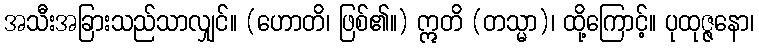
အသီးအခြားသည်သာလျှင်။ (ဟောတိ၊ ဖြစ်၏။) ဣတိ (တသ္မာ)၊ ထို့ကြောင့်။ ပုထုဇ္ဇနော၊